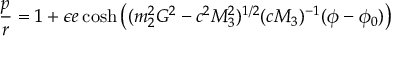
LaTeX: \frac { p } { r } = 1 + \epsilon e \cosh \left( ( m _ { 2 } ^ { 2 } G ^ { 2 } - c ^ { 2 } M _ { 3 } ^ { 2 } ) ^ { 1 / 2 } ( c M _ { 3 } ) ^ { - 1 } ( \phi - \phi _ { 0 } ) \right)